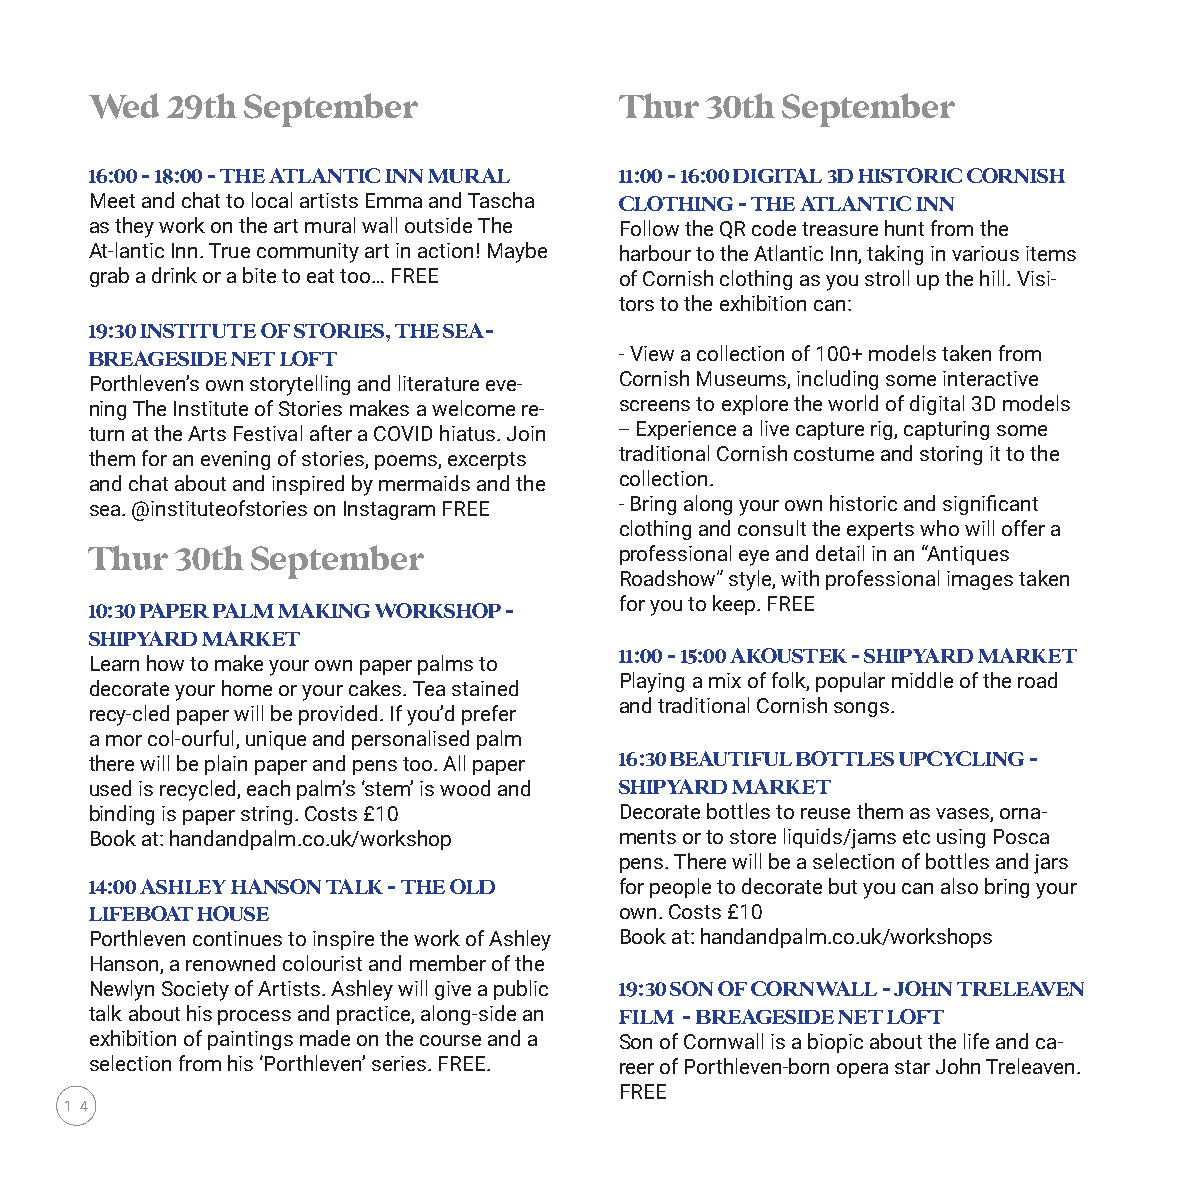
Wed  29th September                Thur  30th September
 16:00 - 18:00 - THE ATLANTIC INN MURAL 11:00 - 16:00 DIGITAL 3D HISTORIC CORNISH
 Meet and chat to local artists Emma and Tascha CLOTHING - THE ATLANTIC INN
 as they work on the art mural wall outside The Follow the QR code treasure hunt from the
 At-lantic Inn. True community art in action! Maybe harbour to the Atlantic Inn, taking in various items
 grab a drink or a bite to eat too… FREE of Cornish clothing as you stroll up the hill. Visi-
 tors to the exhibition can:
 19:30 INSTITUTE OF STORIES, THE SEA-
 BREAGESIDE NET LOFT                - View a collection of 100+ models taken from
 Porthleven’s own storytelling and literature eve- Cornish Museums, including some interactive
 ning The Institute of Stories makes a welcome re- screens to explore the world of digital 3D models
 turn at the Arts Festival after a COVID hiatus. Join -- Experience a live capture rig, capturing some
 them for an evening of stories, poems, excerpts traditional Cornish costume and storing it to the
 and chat about and inspired by mermaids and the collection.
 sea. @instituteofstories on Instagram FREE - Bring along your own historic and significant
 clothing and consult the experts who will offer a
 Thur  30th September               professional eye and detail in an “Antiques
 Roadshow” style, with professional images taken
 for you to keep. FREE
 10:30 PAPER PALM MAKING WORKSHOP -
 SHIPYARD MARKET
 11:00 - 15:00 AKOUSTEK - SHIPYARD MARKET
 Learn how to make your own paper palms to
 Playing a mix of folk, popular middle of the road
 decorate your home or your cakes. Tea stained
 and traditional Cornish songs.
 recy-cled paper will be provided. If you’d prefer
 a mor col-ourful, unique and personalised palm
 there will be plain paper and pens too. All paper 16:30 BEAUTIFUL BOTTLES UPCYCLING -
 used is recycled, each palm’s ‘stem’ is wood and SHIPYARD MARKET
 binding is paper string. Costs £10 Decorate bottles to reuse them as vases, orna-
 Book at: handandpalm.co.uk/workshop ments or to store liquids/jams etc using Posca
 pens. There will be a selection of bottles and jars
 14:00 ASHLEY HANSON TALK - THE OLD for people to decorate but you can also bring your
 LIFEBOAT HOUSE                     own. Costs £10
 Porthleven continues to inspire the work of Ashley Book at: handandpalm.co.uk/workshops
 Hanson, a renowned colourist and member of the
 Newlyn Society of Artists. Ashley will give a public 19:30 SON OF CORNWALL - JOHN TRELEAVEN
 talk about his process and practice, along-side an FILM - BREAGESIDE NET LOFT
 exhibition of paintings made on the course and a Son of Cornwall is a biopic about the life and ca-
 selection from his ‘Porthleven’ series. FREE. reer of Porthleven-born opera star John Treleaven.
 FREE
 1 4